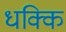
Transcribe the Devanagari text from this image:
धक्कि